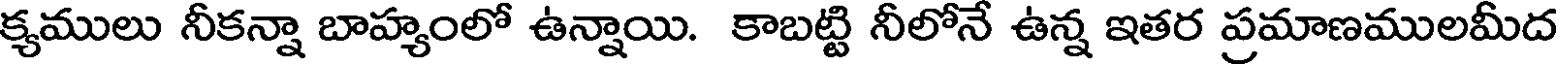
క్యములు నీకన్నా బాహ్యంలో ఉన్నాయి. కాబట్టి నీలోనే ఉన్న ఇతర ప్రమాణములమీద